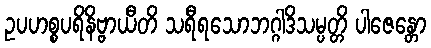
ဥပဟစ္စပရိနိဗ္ဗာယီတိ သရီရသောဘဂ္ဂါဒိသမ္ပတ္တိ ပါဇေန္တော